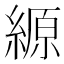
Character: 縓